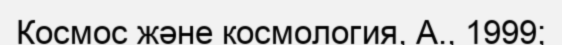
Космос және космология, А., 1999;